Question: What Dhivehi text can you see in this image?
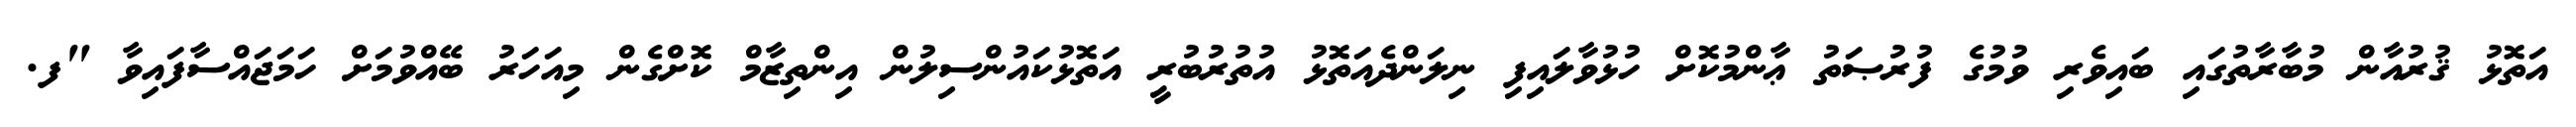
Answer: އަތޮޅު ޤުރުއާން މުބާރާތުގައި ބައިވެރި ވުމުގެ ފުރުޞަތު ޢާންމުކޮށް ހުޅުވާލައިފި ނިލަންދެއަތޮޅު އުތުރުބުރީ އަތޮޅުކައުންސިލުން އިންތިޒާމް ކޮށްގެން މިއަހަރު ބޭއްވުމަށް ހަމަޖައްސާފައިވާ "ފ.